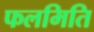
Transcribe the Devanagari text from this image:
फलमिति